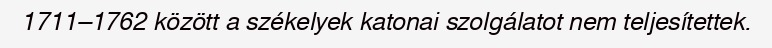
1711–1762 között a székelyek katonai szolgálatot nem teljesítettek.